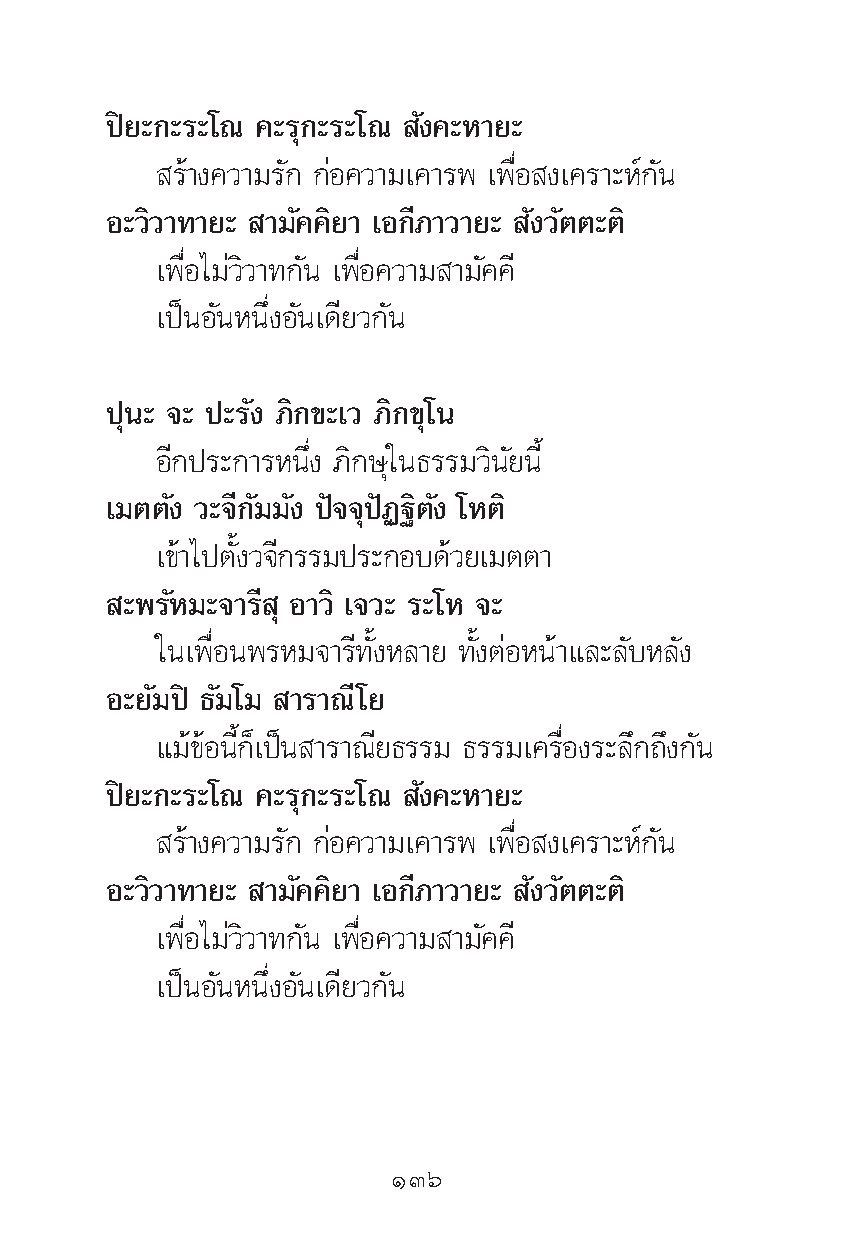
ªî¬–°–√–‚≥ §–√ÿ°–√–‚≥ —ß§–À“¬–
 √â“ß§«“¡√—° °àÕ§«“¡‡§“√æ ‡æ◊ËÕ ß‡§√“–Àå°—π
 Õ–«‘«“∑“¬– “¡—§§‘¬“ ‡Õ°’¿“«“¬– —ß«—μμ–μ‘
 ‡æ◊ËÕ‰¡à«‘«“∑°—π ‡æ◊ËÕ§«“¡ “¡—§§’
 ‡ªìπÕ—πÀπ÷ËßÕ—π‡¥’¬«°—π
 ªÿπ– ®– ª–√—ß ¿‘°¢–‡« ¿‘°¢ÿ‚π
 Õ’°ª√–°“√Àπ÷Ëß ¿‘°…ÿ„π∏√√¡«‘π—¬π’È
 ‡¡μμ—ß «–®’°—¡¡—ß ªí®®ÿªíØ∞‘μ—ß ‚Àμ‘
 ‡¢â“‰ªμ—Èß«®’°√√¡ª√–°Õ∫¥â«¬‡¡μμ“
 –æ√—À¡–®“√’ ÿ Õ“«‘ ‡®«– √–‚À ®–
 „π‡æ◊ËÕπæ√À¡®“√’∑—ÈßÀ≈“¬ ∑—ÈßμàÕÀπâ“·≈–≈—∫À≈—ß
 Õ–¬—¡ªî ∏—¡‚¡ “√“≥’‚¬
 ·¡â¢âÕπ’È°Á‡ªìπ “√“≥’¬∏√√¡ ∏√√¡‡§√◊ËÕß√–≈÷°∂÷ß°—π
 ªî¬–°–√–‚≥ §–√ÿ°–√–‚≥ —ß§–À“¬–
 √â“ß§«“¡√—° °àÕ§«“¡‡§“√æ ‡æ◊ËÕ ß‡§√“–Àå°—π
 Õ–«‘«“∑“¬– “¡—§§‘¬“ ‡Õ°’¿“«“¬– —ß«—μμ–μ‘
 ‡æ◊ËÕ‰¡à«‘«“∑°—π ‡æ◊ËÕ§«“¡ “¡—§§’
 ‡ªìπÕ—πÀπ÷ËßÕ—π‡¥’¬«°—π
 ÒÛˆ